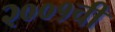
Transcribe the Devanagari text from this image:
२००१ची